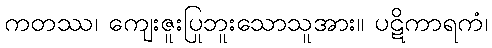
ကတဿ၊ ကျေးဇူးပြုဘူးသောသူအား။ ပဋိကာရကံ၊